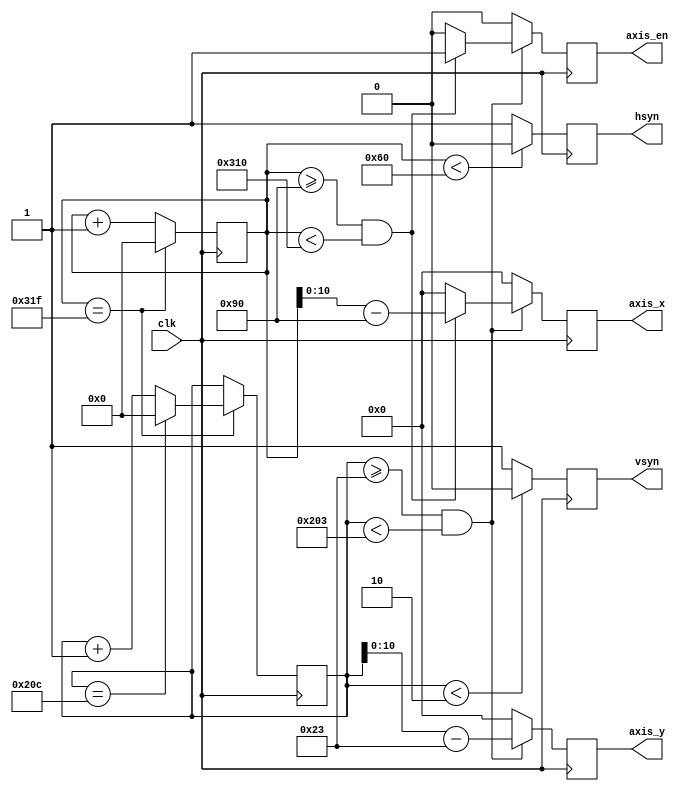
// This program was cloned from: https://github.com/verimake-team/SparkRoad-V
// License: MIT License

`timescale 1ns / 1ps
//////////////////////////////////////////////////////////////////////////////////
// Company: 
// Engineer: 
// 
// Create Date:
// Design Name: 
// Module Name: vga
// Project Name: 
// Target Devices: 
// Tool Versions: 
// Description: 
// 
// Dependencies: 
// 
// Revision:
// Revision 0.01 - File Created
// Additional Comments:
// 
/* VGA
************	clk			A 		B 		C 		D 		E 		F 		G 		H 		I 		K		*
640x480@60Hz	25.2MHz		96		48 		640 	16 		800 	2		33		480 	10		525		*
800x600@60Hz	40MHz		128		88 		800 	40 		1056	4		23		600 	1		628		*
1024x768@60Hz	65MHz		136		160 	1024 	24 		1344	6		29		768 	3		806		*
1280x720@60Hz	74.25MHz	40		220 	1280 	110		1650	5		20		720 	5		750		*
1280x1024@60Hz	108MHz		112		248 	1280 	48 		1688	3		38		1024	1		1066	*
1920x1080@60Hz	148.5MHz	44		148 	1920 	88 		2200	5		36		1080	4		1125	*
*/
//////////////////////////////////////////////////////////////////////////////////

module vga
#(
	parameter A = 96	, // 
	parameter B = 48	, // 
	parameter C = 640	, // 
	parameter D = 16	, // 
	parameter E = 800	, // 
	parameter F = 2		, // 
	parameter G = 33	, // 
	parameter H = 480	, // 
	parameter I = 10	, // 
	parameter K = 525	  // 
)
(
	input	wire		clk,
	
	// VGA
	output	reg			hsyn,
	output	reg			vsyn,
	
	// VGA
	output	reg			axis_en,
	output	reg [10:0]	axis_x,
	output	reg [10:0]	axis_y
);

reg [12:0] hsyn_cnt;
reg [12:0] vsyn_cnt;

// 
always@(posedge clk)
begin
	if(hsyn_cnt == E-1)
        hsyn_cnt <= 0;
    else
        hsyn_cnt <= hsyn_cnt + 1;
end

// 
always@(posedge clk)
begin
	if(hsyn_cnt == E-1)
	begin
        if(vsyn_cnt == K-1)
            vsyn_cnt <= 0;
        else
            vsyn_cnt <= vsyn_cnt + 1;
	end
end

// 
always@(posedge clk)
begin
    if(hsyn_cnt < A)
        hsyn <= 0;
    else
        hsyn <= 1;
end

// 
always@(posedge clk)
begin
    if(vsyn_cnt < F)
        vsyn <= 0;
    else
        vsyn <= 1;
end

// .
always@(posedge clk)
begin
    if(vsyn_cnt >= F + G && vsyn_cnt < F + G + H)
    begin
        if(hsyn_cnt >= A + B && hsyn_cnt < A + B + C)
            axis_en <= 1;
        else
            axis_en <= 0;
    end
    else
        axis_en <= 0;
end

//x
always@(posedge clk)
begin
    if(vsyn_cnt >= F + G && vsyn_cnt < F + G + H)
    begin
        if(hsyn_cnt >= A + B && hsyn_cnt < A + B + C)
            axis_x <= hsyn_cnt - (A + B);
        else
            axis_x <= 0;
    end
    else
        axis_x <= 0;
end

//y
always@(posedge clk)
begin
    if(vsyn_cnt >= F + G && vsyn_cnt < F + G + H)
        axis_y <= vsyn_cnt - (F + G);
    else
        axis_y <= 0;
end

endmodule